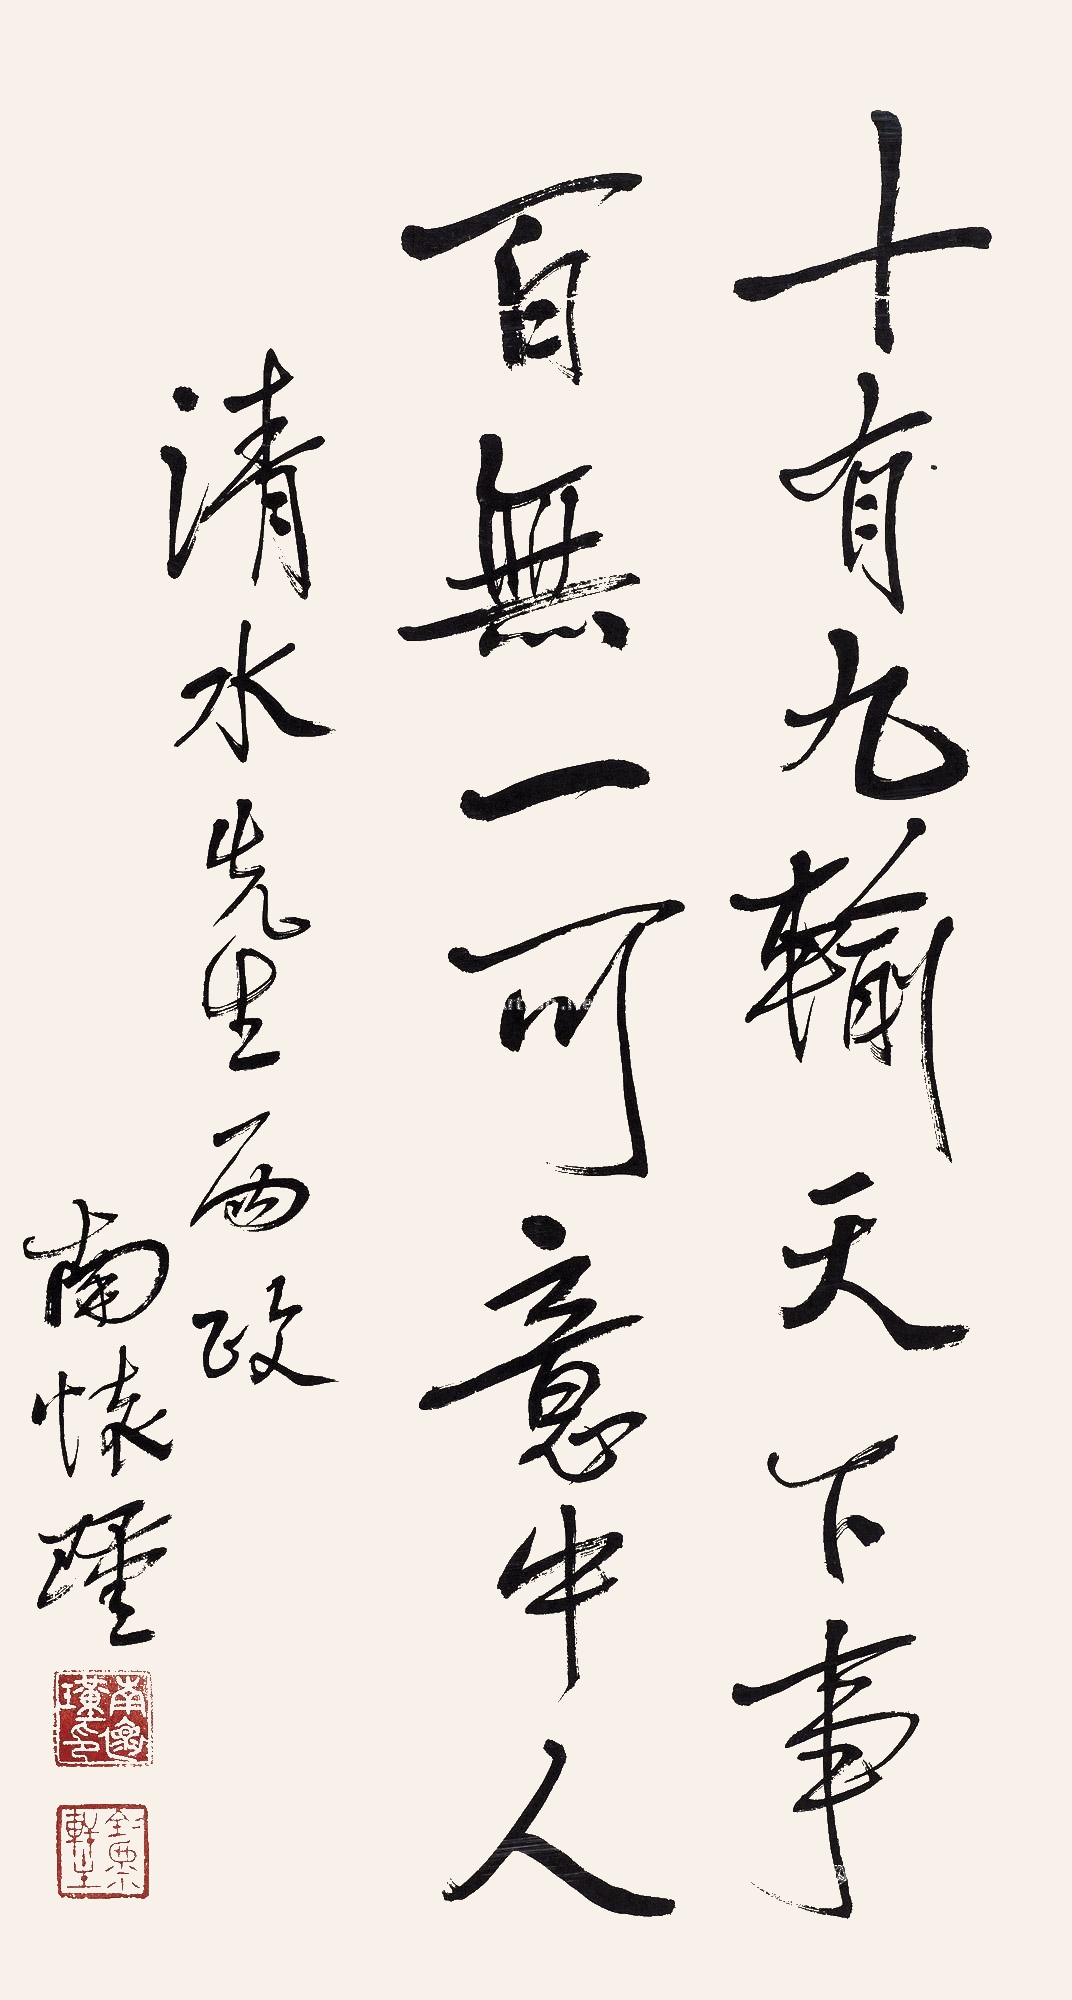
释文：十有九输天下事，百无一可意中人。清水先生两正，南怀瑾。